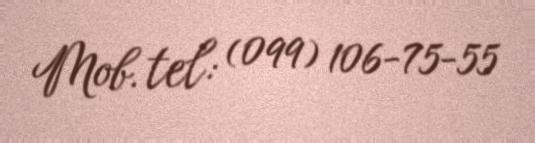
Mob. tel: (099) 106-75-55